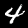
Digit: 4